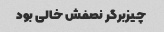
چیزبرگر نصفش خالی بود